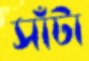
সাঁটা